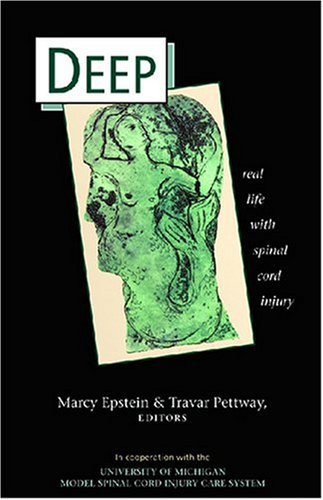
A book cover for Deep: Real Life with Spinal Cord Injury; Marcy Joy Epstein; Health, Fitness & Dieting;